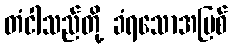
တံငါသည်တို့ ခံရသောအပြစ်